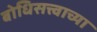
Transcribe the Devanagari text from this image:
बोधिसत्त्वाच्या